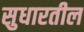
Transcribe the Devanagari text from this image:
सुधारतील